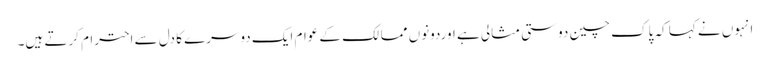
انہوں نے کہا کہ پاک چین دوستی مثالی ہے اوردونوں ممالک کے عوام ایک دوسرے کا دل سے احترام کرتے ہیں۔